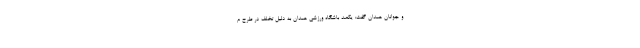
و جوانان همدان گفت: یکصد باشگاه ورزشی همدان به دلیل تخلف در طرح م